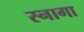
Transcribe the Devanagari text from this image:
स्नागा